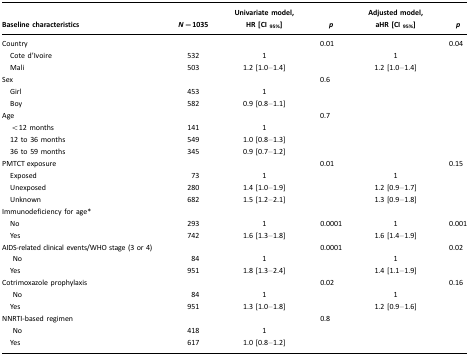
<table><thead><tr><td><b>Baseline characteristics</b></td><td><b><i>N=</i>1035</b></td><td><b>Univariate model, HR [CI <sub>95%</sub>]</b></td><td><b><i>p</i></b></td><td><b>Adjusted model, aHR [CI <sub>95%</sub>]</b></td><td><b><i>p</i></b></td></tr></thead><tbody><tr><td>Country</td><td></td><td></td><td>0.01</td><td></td><td>0.04</td></tr><tr><td> Cote d’Ivoire</td><td>532</td><td>1</td><td></td><td>1</td><td></td></tr><tr><td> Mali</td><td>503</td><td>1.2 [1.0–1.4]</td><td></td><td>1.2 [1.0–1.4]</td><td></td></tr><tr><td>Sex</td><td></td><td></td><td>0.6</td><td></td><td></td></tr><tr><td> Girl</td><td>453</td><td>1</td><td></td><td></td><td></td></tr><tr><td> Boy</td><td>582</td><td>0.9 [0.8–1.1]</td><td></td><td></td><td></td></tr><tr><td>Age</td><td></td><td></td><td>0.7</td><td></td><td></td></tr><tr><td> &lt;12 months</td><td>141</td><td>1</td><td></td><td></td><td></td></tr><tr><td> 12 to 36 months</td><td>549</td><td>1.0 [0.8–1.3]</td><td></td><td></td><td></td></tr><tr><td> 36 to 59 months</td><td>345</td><td>0.9 [0.7–1.2]</td><td></td><td></td><td></td></tr><tr><td>PMTCT exposure</td><td></td><td></td><td>0.01</td><td></td><td>0.15</td></tr><tr><td> Exposed</td><td>73</td><td>1</td><td></td><td>1</td><td></td></tr><tr><td> Unexposed</td><td>280</td><td>1.4 [1.0–1.9]</td><td></td><td>1.2 [0.9–1.7]</td><td></td></tr><tr><td> Unknown</td><td>682</td><td>1.5 [1.2–2.1]</td><td></td><td>1.3 [0.9–1.8]</td><td></td></tr><tr><td colspan="6">Immunodeficiency for age*</td></tr><tr><td> No</td><td>293</td><td>1</td><td>0.0001</td><td>1</td><td>0.001</td></tr><tr><td> Yes</td><td>742</td><td>1.6 [1.3–1.8]</td><td></td><td>1.6 [1.4–1.9]</td><td></td></tr><tr><td>AIDS-related clinical events/WHO stage (3 or 4)</td><td></td><td></td><td>0.0001</td><td></td><td>0.02</td></tr><tr><td>No</td><td>84</td><td>1</td><td></td><td>1</td><td></td></tr><tr><td> Yes</td><td>951</td><td>1.8 [1.3–2.4]</td><td></td><td>1.4 [1.1–1.9]</td><td></td></tr><tr><td>Cotrimoxazole prophylaxis</td><td></td><td></td><td>0.02</td><td></td><td>0.16</td></tr><tr><td>No</td><td>84</td><td>1</td><td></td><td>1</td><td></td></tr><tr><td> Yes</td><td>951</td><td>1.3 [1.0–1.8]</td><td></td><td>1.2 [0.9–1.6]</td><td></td></tr><tr><td>NNRTI-based regimen</td><td></td><td></td><td>0.8</td><td></td><td></td></tr><tr><td>No</td><td>418</td><td>1</td><td></td><td></td><td></td></tr><tr><td> Yes</td><td>617</td><td>1.0 [0.8–1.2]</td><td></td><td></td><td></td></tr></tbody></table>